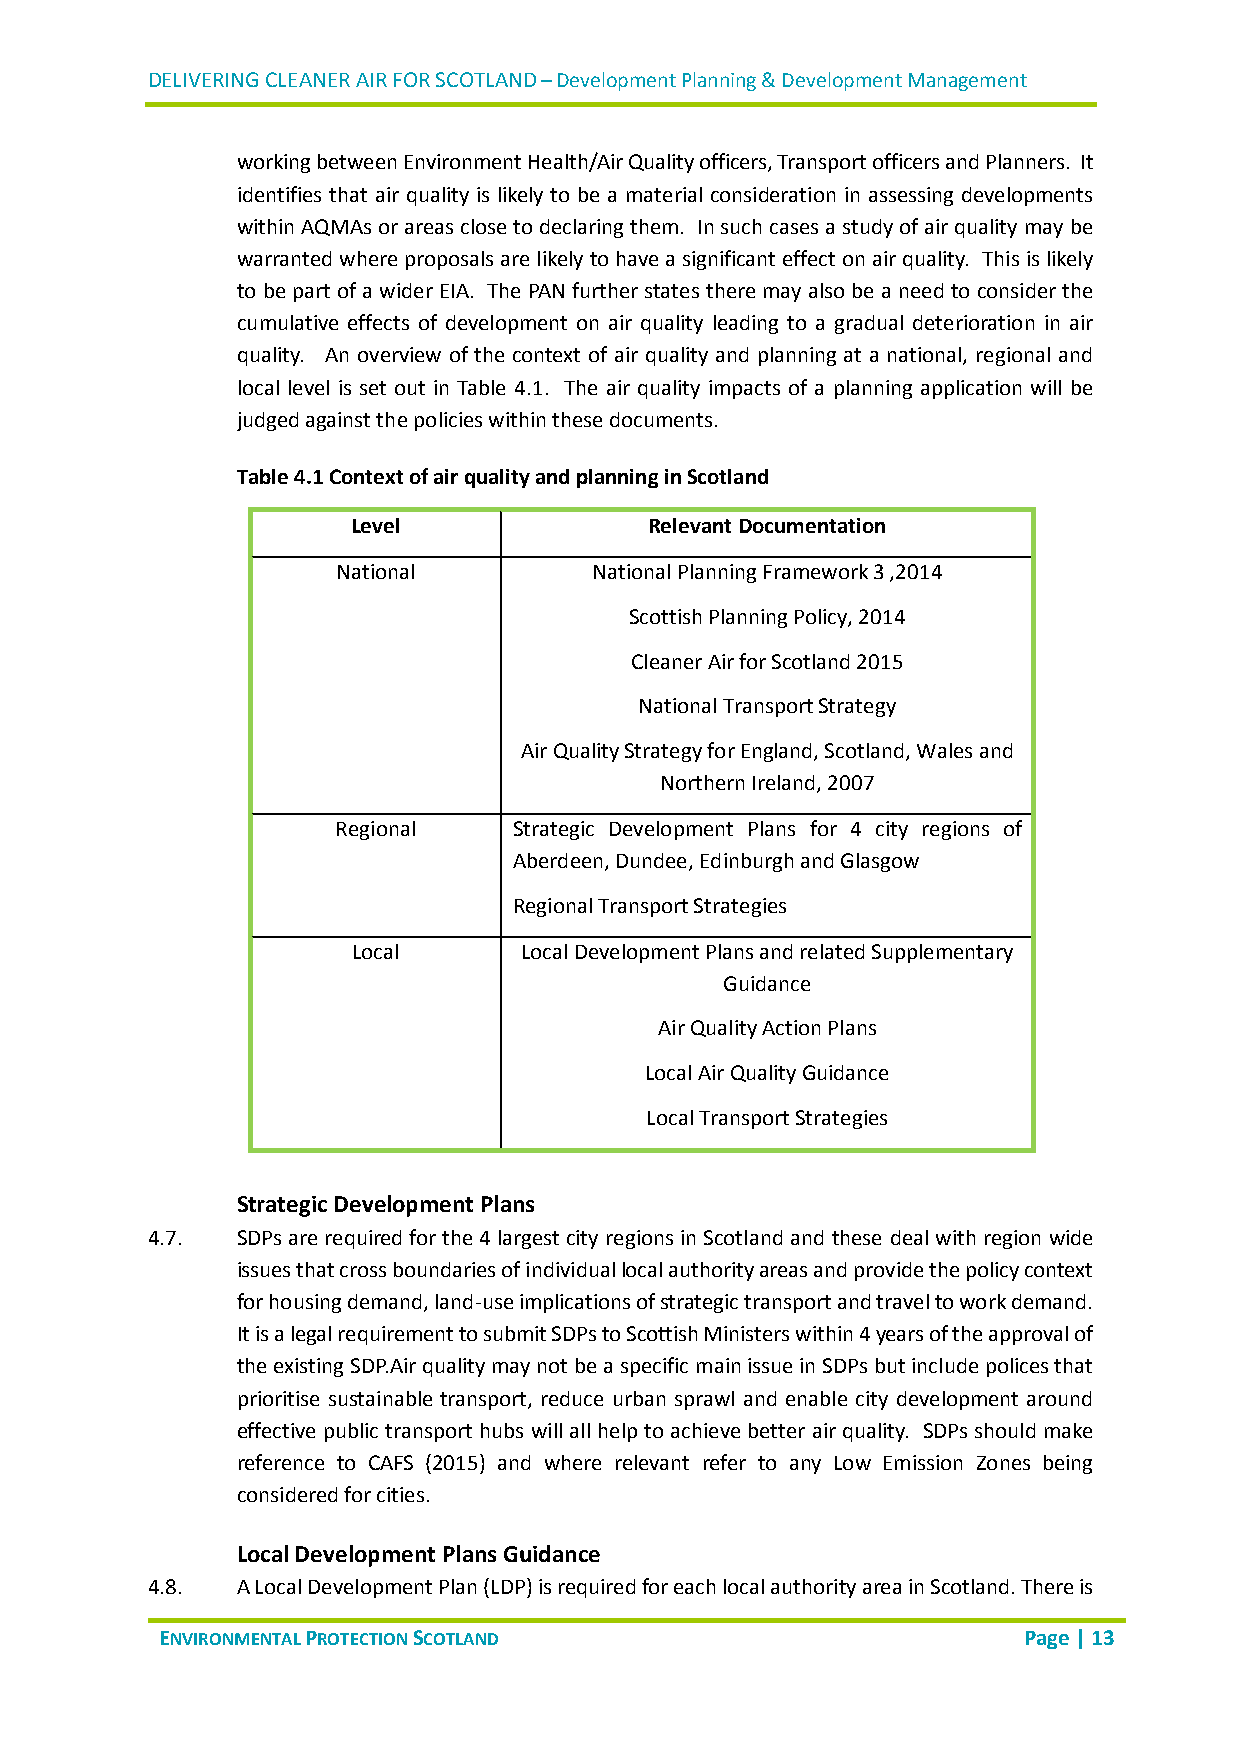
DELIVERING CLEANER AIR FOR SCOTLAND – Development Planning & Development Management
 working between Environment Health/Air Quality officers, Transport officers and Planners. It
 identifies that air quality is likely to be a material consideration in assessing developments
 within AQMAs or areas close to declaring them. In such cases a study of air quality may be
 warranted where proposals are likely to have a significant effect on air quality. This is likely
 to be part of a wider EIA. The PAN further states there may also be a need to consider the
 cumulative effects of development on air quality leading to a gradual deterioration in air
 quality. An overview of the context of air quality and planning at a national, regional and
 local level is set out in Table 4.1. The air quality impacts of a planning application will be
 judged against the policies within these documents.
 Table 4.1 Context of air quality and planning in Scotland
 Level               Relevant Documentation
 National         National Planning Framework 3 ,2014
 Scottish Planning Policy, 2014
 Cleaner Air for Scotland 2015
 National Transport Strategy
 Air Quality Strategy for England, Scotland, Wales and
 Northern Ireland, 2007
 Regional    Strategic Development Plans for 4 city regions of
 Aberdeen, Dundee, Edinburgh and Glasgow
 Regional Transport Strategies
 Local      Local Development Plans and related Supplementary
 Guidance
 Air Quality Action Plans
 Local Air Quality Guidance
 Local Transport Strategies
 Strategic Development Plans
 4.7.  SDPs are required for the 4 largest city regions in Scotland and these deal with region wide
 issues that cross boundaries of individual local authority areas and provide the policy context
 for housing demand, land-use implications of strategic transport and travel to work demand.
 It is a legal requirement to submit SDPs to Scottish Ministers within 4 years of the approval of
 the existing SDP.Air quality may not be a specific main issue in SDPs but include polices that
 prioritise sustainable transport, reduce urban sprawl and enable city development around
 effective public transport hubs will all help to achieve better air quality. SDPs should make
 reference to CAFS (2015) and where relevant refer to any Low Emission Zones being
 considered for cities.
 Local Development Plans Guidance
 4.8.  A Local Development Plan (LDP) is required for each local authority area in Scotland. There is
 ENVIRONMENTAL PROTECTION SCOTLAND                        Page | 13